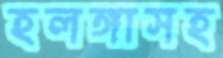
হলঙ্গাসহ